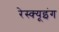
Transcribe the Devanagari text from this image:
रेस्‍क्‍यूइंग